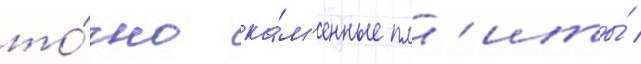
то́чно ка́м'енные пл'иты́ /